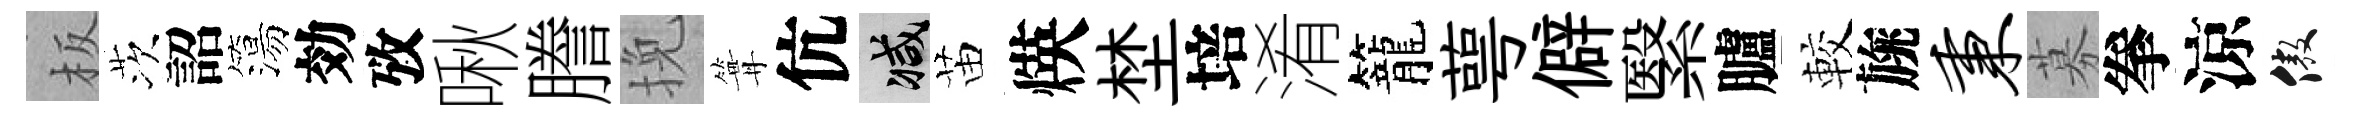
板茨詔簜効攷啾謄挽篝伉减苗煐埜培淆籠萼僻繄臚較旐秉募拳涼傲